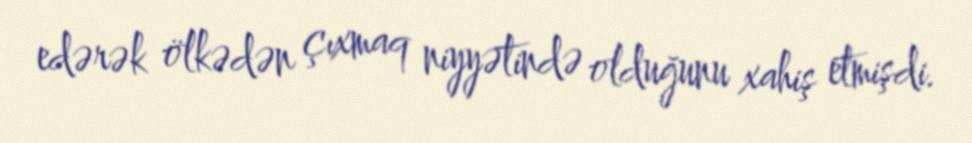
edərək ölkədən çıxmaq niyyətində olduğunu xahiş etmişdi.